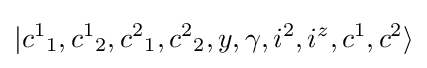
|{c^{1}}_{1},{c^{1}}_{2},{c^{2}}_{1},{c^{2}}_{2},y,\gamma ,{i^{2}},{i^{z}},c^{1},c^{2}\rangle